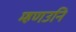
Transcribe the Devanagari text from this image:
म्हणउनि